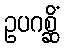
ဥပဂစ္ဆိံ